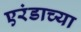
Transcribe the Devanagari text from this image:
एरंडाच्या